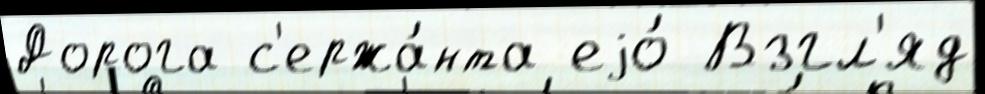
Дорога с'ержа́нта еjо́ Взгл'яд